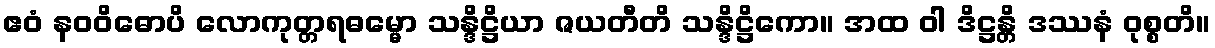
ဧဝံ နဝဝိဓောပိ လောကုတ္တရဓမ္မော သန္ဒိဋ္ဌိယာ ဇယတီတိ သန္ဒိဋ္ဌိကော။ အထ ဝါ ဒိဋ္ဌန္တိ ဒဿနံ ဝုစ္စတိ။